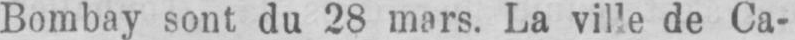
Bombay sont du 28 mars. La ville de Ca-